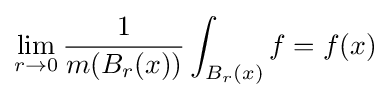
\lim _{r\to 0}{\frac {1}{m(B_{r}(x))}}\int _{B_{r}(x)}f=f(x)